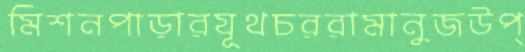
মিশনপাড়ারযূথচররামানুজউপ্‌